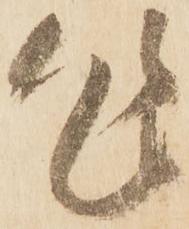
乍